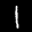
Label: 1